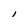
Character: l